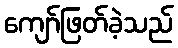
ကျော်ဖြတ်ခဲ့သည်